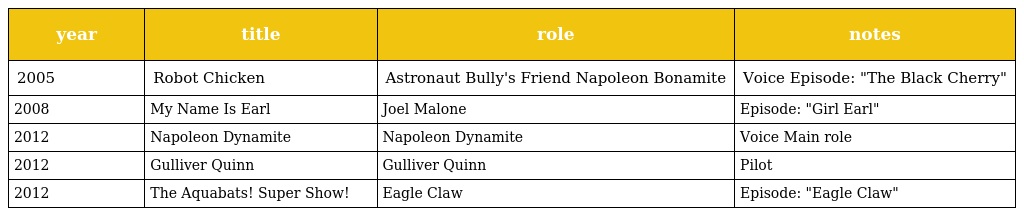
| year | title | role | notes |
 | --- | --- | --- | --- |
 | 2005 | Robot Chicken | Astronaut Bully's Friend Napoleon Bonamite | Voice Episode: "The Black Cherry" |
 | 2008 | My Name Is Earl | Joel Malone | Episode: "Girl Earl" |
 | 2012 | Napoleon Dynamite | Napoleon Dynamite | Voice Main role |
 | 2012 | Gulliver Quinn | Gulliver Quinn | Pilot |
 | 2012 | The Aquabats! Super Show! | Eagle Claw | Episode: "Eagle Claw" |